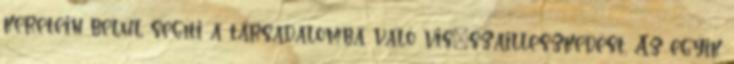
keretein belül segíti a társadalomba való vis�szailleszkedést. Az egyik